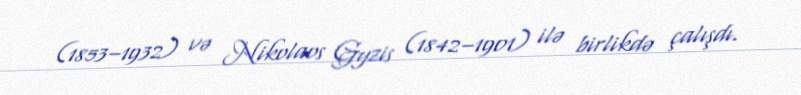
(1853–1932) və Nikolaos Gyzis (1842–1901) ilə birlikdə çalışdı.